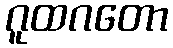
ဂူထဂတော